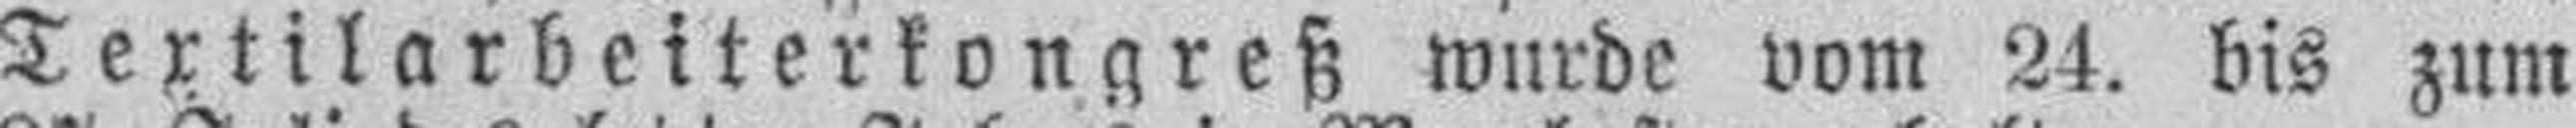
Textilarbeiterkongreß wurde vom 24. bis zum